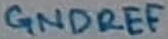
Text: GNDREF